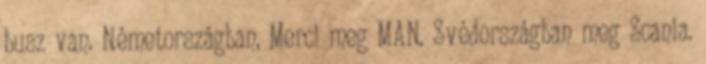
busz van. Németországban, Merci meg MAN. Svédországban meg Scania.